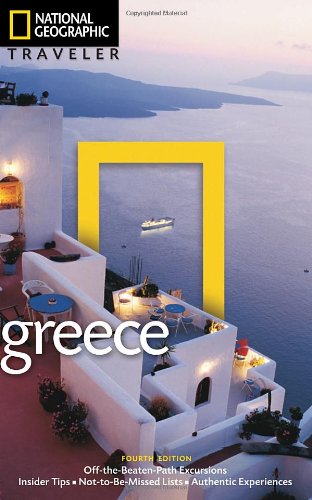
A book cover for National Geographic Traveler: Greece, 4th Edition; Mike Gerrard; Travel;